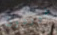
غوردون